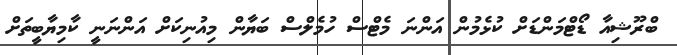
ބްރޫޝިއާ ޑޯޓްމަންޑަށް ކުޅެމުން އަންނަ މެޓްސް ހުމެލްސް ބަޔާން މިއުނިކަށް އަންނަނީ ކާމިޔާބީތަށް